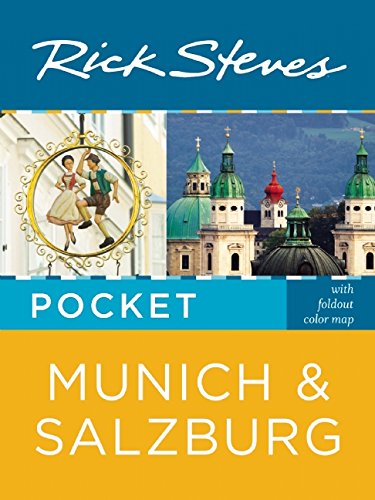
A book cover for Rick Steves Pocket Munich & Salzburg; Rick Steves; Travel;